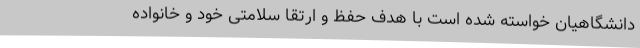
دانشگاهیان خواسته شده است با هدف حفظ و ارتقا سلامتی خود و خانواده